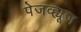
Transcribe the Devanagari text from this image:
पेजव्ह्यूज